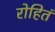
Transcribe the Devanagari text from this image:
रोहितं